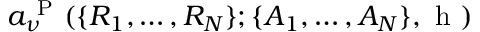
a _ { \nu } ^ { \mathrm { ~ P ~ } } ( \lbrace R _ { 1 } , \ldots , R _ { N } \rbrace ; \lbrace A _ { 1 } , \ldots , A _ { N } \rbrace , \textrm { h } )